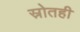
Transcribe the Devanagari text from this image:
स्रोतही